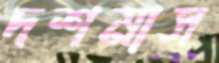
দশমাস